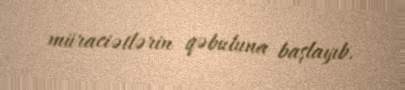
müraciətlərin qəbuluna başlayıb.